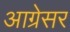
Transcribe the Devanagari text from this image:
आग्रेसर